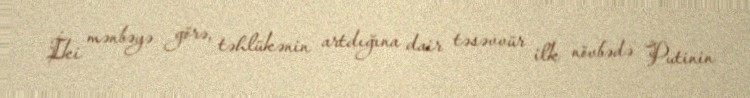
İki mənbəyə görə, təhlükənin artdığına dair təsəvvür ilk növbədə Putinin